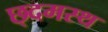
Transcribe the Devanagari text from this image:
छ्दमस्थ